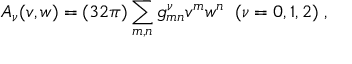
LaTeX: A _ { \nu } ( v , w ) = ( 3 2 \pi ) \sum _ { m , n } g _ { m n } ^ { \nu } v ^ { m } w ^ { n } \; \; ( \nu = 0 , 1 , 2 ) \; ,